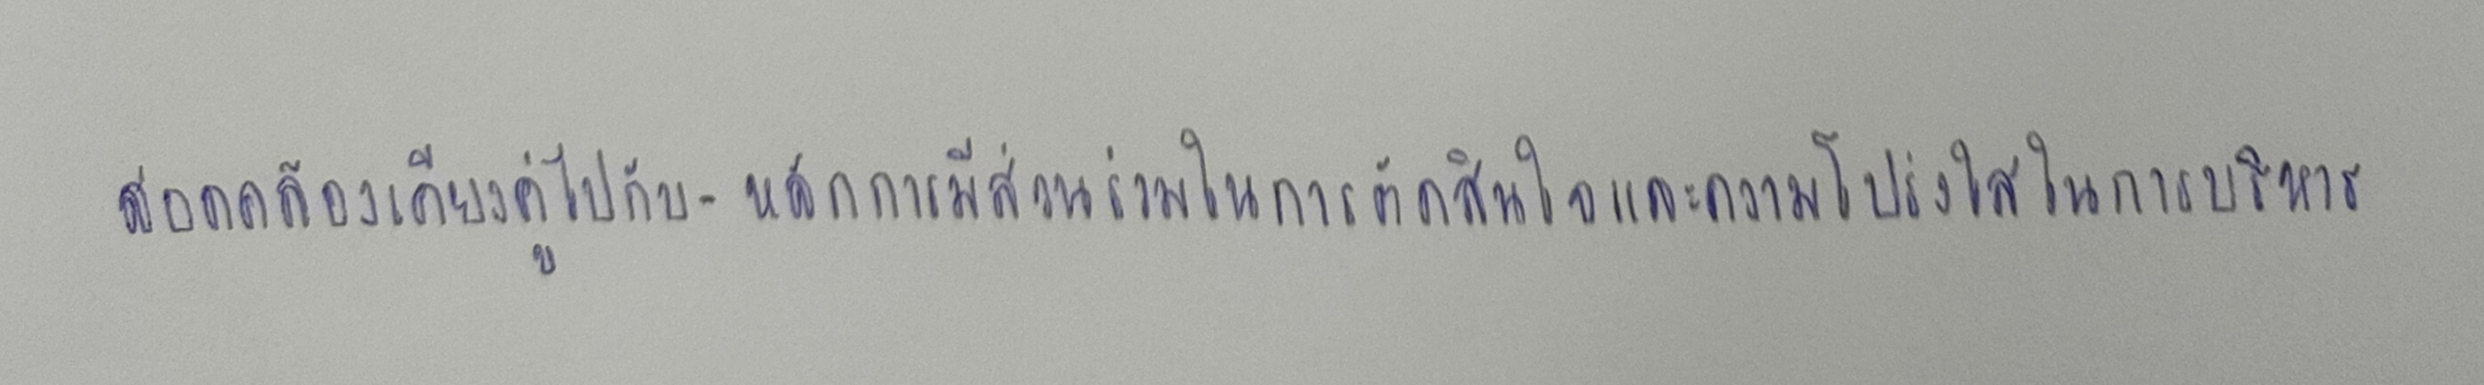
สอดคล้องเคียงคู่ไปกับ-หลักการมีส่วนร่วมในการตัดสินใจและความโปร่งใสในการบริหาร